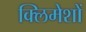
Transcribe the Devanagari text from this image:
क्लिमेशों